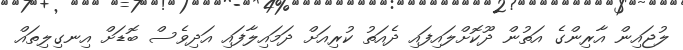
ލުޖައިން އާރިންގެ އަތުން ދޫކޮށްލައިފައި ދެއަތު ކުރިއަށް ދަމައިލާފައި އަދިވެސް ބޮޑަށް އިނގިލިތައް